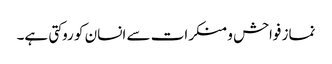
نماز فواحش و منکرات سے انسان کو روکتی ہے۔